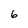
Character: 6